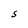
Character: S